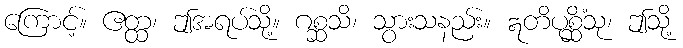
ကြောင့်။ ဧတ္ထ၊ ဤအရပ်သို့။ ဂစ္ဆသိ၊ သွားသနည်း။ ဣတိပုစ္ဆိံသု၊ ဤသို့